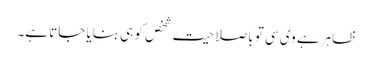
ظاہر ہے وی سی تو باصلاحیت شخص کو ہی بنایا جاتا ہے۔